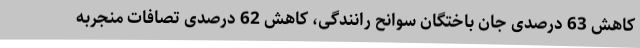
کاهش 63 درصدی جان باختگان سوانح رانندگی، کاهش 62 درصدی تصافات منجربه